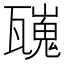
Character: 𱰑